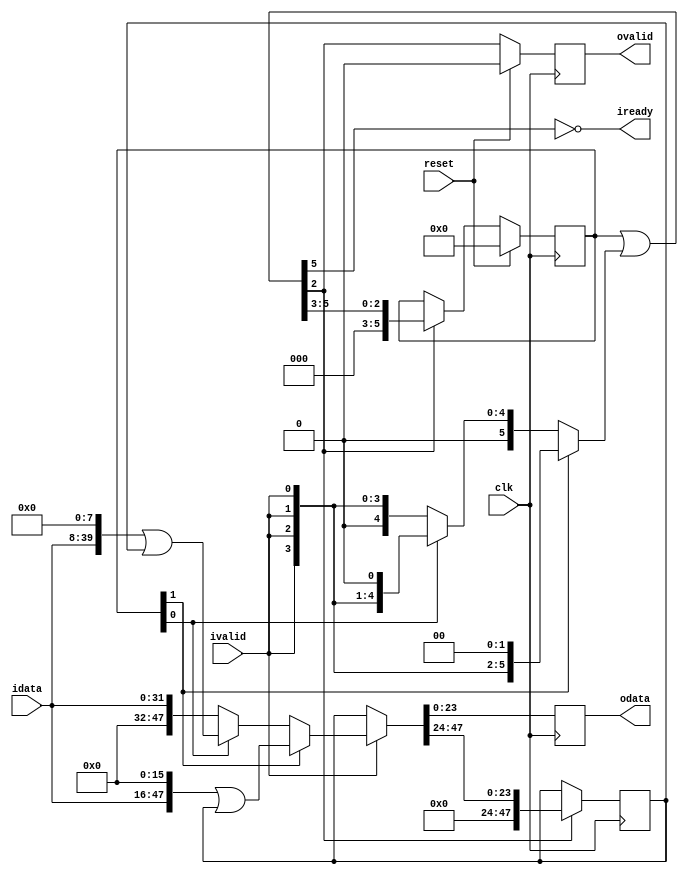
// ***************************************************************************
// ***************************************************************************
// Copyright 2014 - 2022 (c) Analog Devices, Inc. All rights reserved.
//
// In this HDL repository, there are many different and unique modules, consisting
// of various HDL (Verilog or VHDL) components. The individual modules are
// developed independently, and may be accompanied by separate and unique license
// terms.
//
// The user should read each of these license terms, and understand the
// freedoms and responsibilities that he or she has by using this source/core.
//
// This core is distributed in the hope that it will be useful, but WITHOUT ANY
// WARRANTY; without even the implied warranty of MERCHANTABILITY or FITNESS FOR
// A PARTICULAR PURPOSE.
//
// Redistribution and use of source or resulting binaries, with or without modification
// of this file, are permitted under one of the following two license terms:
//
//   1. The GNU General Public License version 2 as published by the
//      Free Software Foundation, which can be found in the top level directory
//      of this repository (LICENSE_GPL2), and also online at:
//      <https://www.gnu.org/licenses/old-licenses/gpl-2.0.html>
//
// OR
//
//   2. An ADI specific BSD license, which can be found in the top level directory
//      of this repository (LICENSE_ADIBSD), and also on-line at:
//      https://github.com/analogdevicesinc/hdl/blob/master/LICENSE_ADIBSD
//      This will allow to generate bit files and not release the source code,
//      as long as it attaches to an ADI device.
//
// ***************************************************************************
// ***************************************************************************

`timescale 1ns/100ps

// Unpacker:
//   - unpack O_W number of data units from I_W number of data units
//   - data unit defined in bits by UNIT_W e.g 8 is a byte
//
// Constraints:
//   - O_W < I_W
//   - LATENCY 1
//   - no backpressure
//
// Data format:
//  idata  [U(I_W-1) .... U(0)]
//  odata  [U(O_W-1) .... U(0)]
//
// e.g
//  I_W = 6
//  O_W = 4
//  UNIT_W = 8
//
//  idata : [B5,B4,B3,B2,B1,B0],[B11,B10,B9,B8,B7,B6]
//  odata :                     [B3,B2,B1,B0],[B7,B6,B5,B4],[B11,B10,B9,B8]
//

module ad_upack #(
  parameter I_W = 4,
  parameter O_W = 3,
  parameter UNIT_W = 8,
  parameter O_REG = 1
) (
  input                   clk,
  input                   reset,
  input [I_W*UNIT_W-1:0]  idata,
  input                   ivalid,
  output                  iready,

  output reg [O_W*UNIT_W-1:0] odata = 'h0,
  output reg                  ovalid = 'b0
);

  // The Width of the shift reg is an integer multiple of output data width
  localparam SH_W = ((I_W/O_W) + ((I_W%O_W) > 0) + ((O_W % (I_W - ((I_W/O_W)*O_W) + ((I_W%O_W) == 0))) > 0))*O_W;
  // The Step of the algorithm is the greatest common divisor of I_W and O_W
  localparam STEP = gcd(I_W, O_W);

  localparam LATENCY = 1; // Minimum input latency from iready to ivalid

  integer i;

  reg [SH_W*UNIT_W-1:0] idata_sh;
  reg [SH_W*UNIT_W-1:0] idata_d = 'h0;
  reg [SH_W*UNIT_W-1:0] idata_d_nx;
  reg [SH_W-1:0] in_use = 'h0;
  reg [SH_W-1:0] inmask;

  wire [SH_W-1:0] out_mask = {O_W{1'b1}};
  wire [SH_W-1:0] in_use_nx;
  wire [SH_W-1:0] unit_valid;
  wire [O_W*UNIT_W-1:0] odata_s;
  wire                  ovalid_s;

  function [31:0] gcd;
    input [31:0]  a;
    input [31:0]  b;
    begin
      while (a != b) begin
        if (a > b) begin
          a = a-b;
        end else begin
          b = b-a;
        end
      end
      gcd = a;
    end
  endfunction

  assign unit_valid = (in_use | inmask);
  assign in_use_nx = unit_valid >> O_W;

  always @(posedge clk) begin
    if (reset) begin
      in_use <= 'h0;
    end else if (ovalid_s) begin
      in_use <= in_use_nx;
    end
  end

  always @(*) begin
    inmask = {I_W{ivalid}};
    for (i = STEP; i < O_W; i=i+STEP) begin
      if (in_use[i-1]) begin
        inmask = {I_W{ivalid}} << i;
      end
    end
  end

  always @(*) begin
    idata_d_nx = idata_d;
    if (ivalid) begin
      idata_d_nx = {{(SH_W-I_W)*UNIT_W{1'b0}},idata};
      for (i = STEP; i < O_W; i=i+STEP) begin
        if (in_use[i-1]) begin
          idata_d_nx = (idata << UNIT_W*i) | idata_d;
        end
      end
    end
  end

  always @(posedge clk) begin
    if (ovalid_s) begin
      idata_d <= idata_d_nx >> O_W*UNIT_W;
    end
  end

  assign iready = ~unit_valid[LATENCY*O_W + O_W -1];

  assign odata_s = idata_d_nx[O_W*UNIT_W-1:0];
  assign ovalid_s = unit_valid[O_W-1];

  generate
    if (O_REG) begin : o_reg

      always @(posedge clk) begin
        if (reset) begin
          ovalid <= 1'b0;
        end else begin
          ovalid <= ovalid_s;
        end
      end

      always @(posedge clk) begin
        odata <= odata_s;
      end

    end else begin

      always @(*) begin
        odata = odata_s;
        ovalid = ovalid_s;
      end

    end
  endgenerate

endmodule